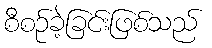
စီစဉ်ခဲ့ခြင်းဖြစ်သည်